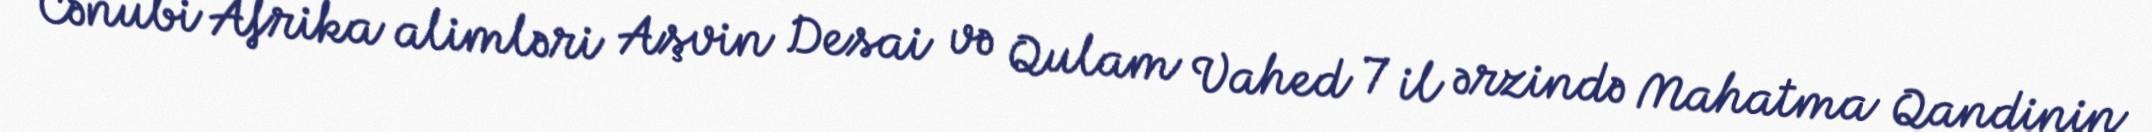
Cənubi Afrika alimləri Aşvin Desai və Qulam Vahed 7 il ərzində Mahatma Qandinin